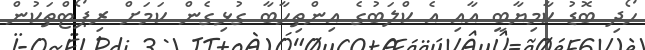
ހޯދި ބޮޑު ކާމިޔާބީ އާއި އެ ކްލަބުގެ އިންތިހާބާ ގުޅިގެން ކަމަށް ރިޕޯޓްތަކުން